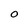
Character: O